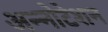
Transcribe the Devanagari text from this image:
अन्नोटेशन